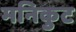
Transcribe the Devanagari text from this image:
मनिकुट